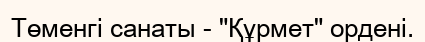
Төменгі санаты - "Құрмет" ордені.